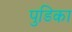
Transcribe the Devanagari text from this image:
पुडिका